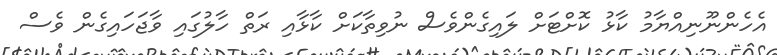
އެހެންނޫނިއްޔާމު ކާޅު ކޮށްޓަށް ލައިގެންވެސް ނުވިތާކަށް ކާޅާއި ރަތް ހާލުގައި ވާޖަހައިގެން ވެސް